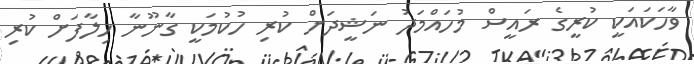
ވާހަކައަކީ ކުރީގެ ރައީސް މުހައްމަދު ނަޝީދަށް ކުރި ހުކުމަކީ ގާނޫނާ ހިލާފަށް ކުރި